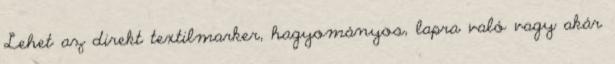
Lehet az direkt textilmarker, hagyományos, lapra való vagy akár